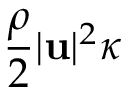
\frac { \rho } { 2 } | \mathbf u | ^ { 2 } \kappa